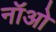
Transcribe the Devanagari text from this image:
नॉओ